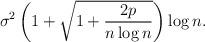
LaTeX: \begin{align*}\sigma^{2} \left( 1+ \sqrt{1 + {2p \over n \log{n}}} \right) \log{n}.\end{align*}